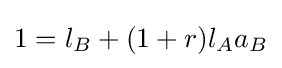
1=l_{B}+(1+r)l_{A}a_{B}